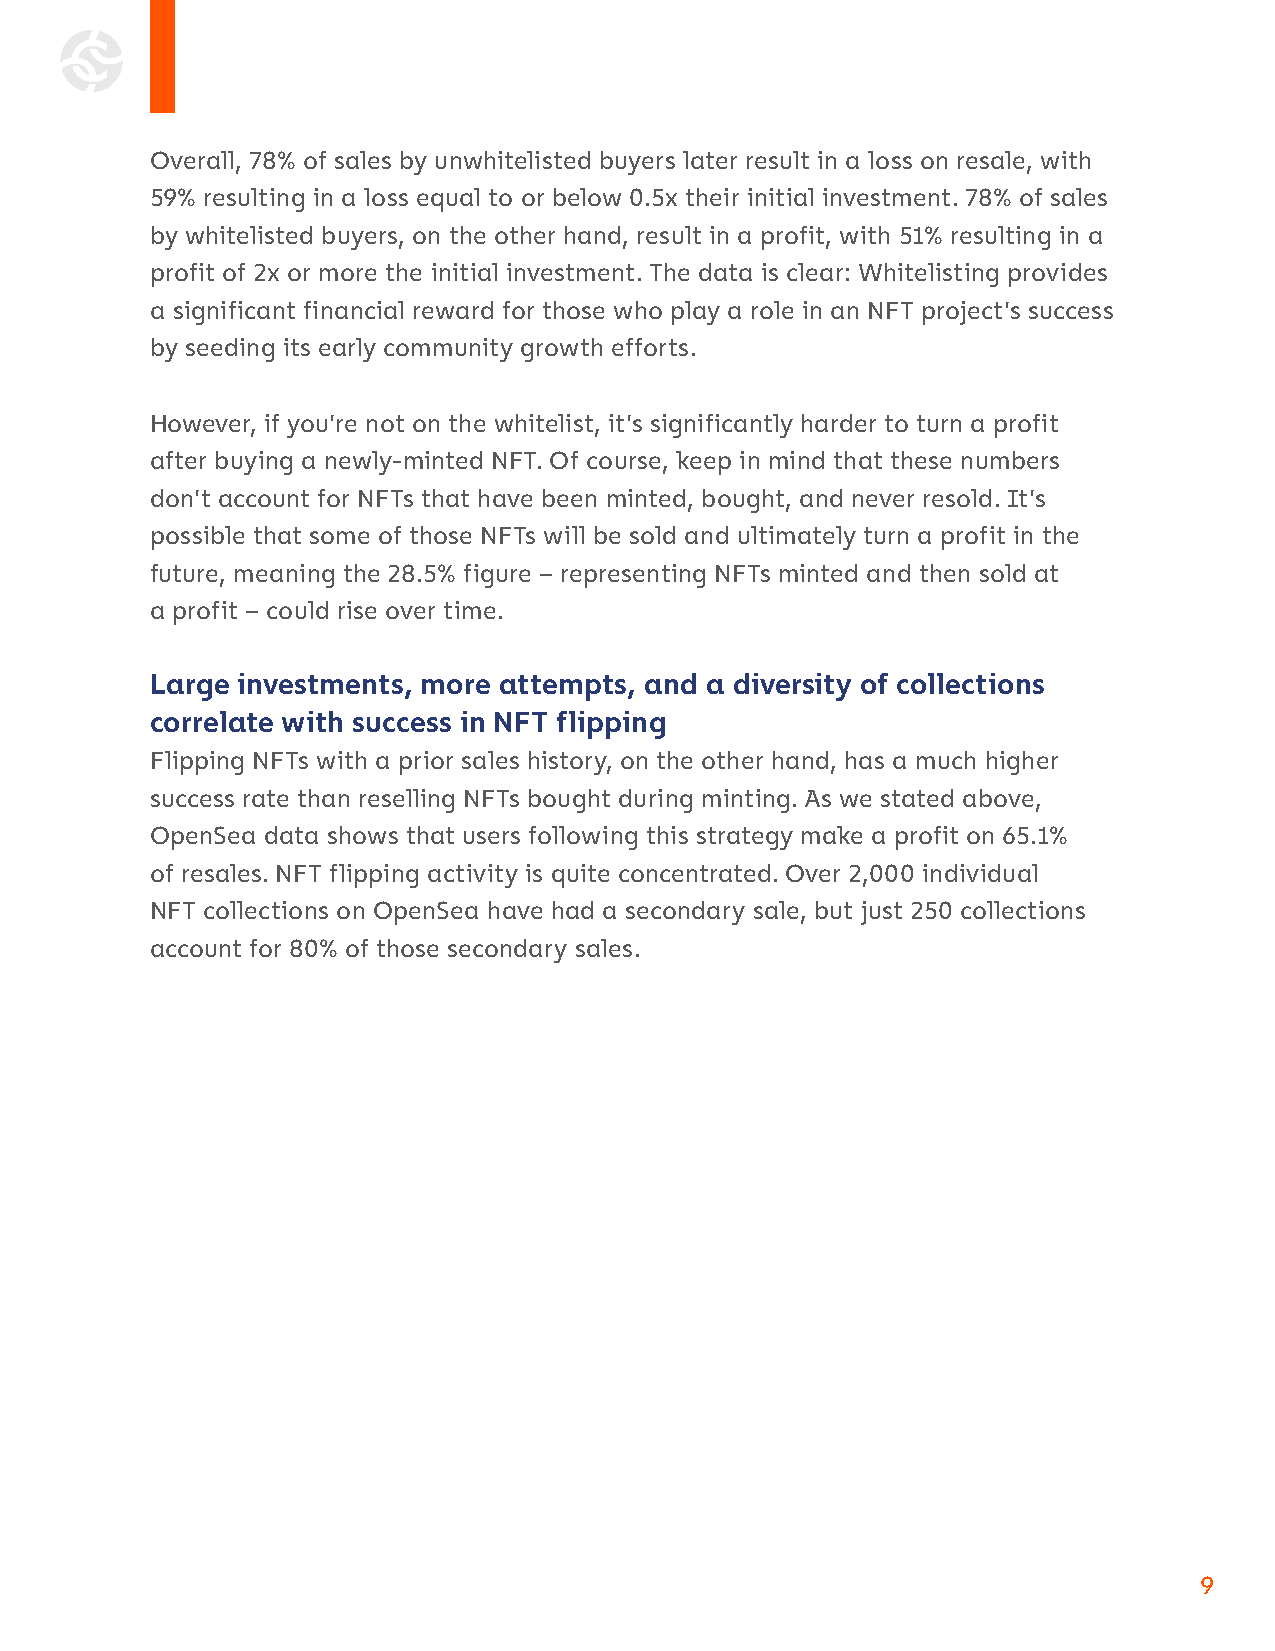
Overall, 78% of sales by unwhitelisted buyers later result in a loss on resale, with
 59% resulting in a loss equal to or below 0.5x their initial investment. 78% of sales
 by whitelisted buyers, on the other hand, result in a profit, with 51% resulting in a
 profit of 2x or more the initial investment. The data is clear: Whitelisting provides
 a significant financial reward for those who play a role in an NFT project’s success
 by seeding its early community growth efforts.
 However, if you’re not on the whitelist, it’s significantly harder to turn a profit
 after buying a newly-minted NFT. Of course, keep in mind that these numbers
 don’t account for NFTs that have been minted, bought, and never resold. It’s
 possible that some of those NFTs will be sold and ultimately turn a profit in the
 future, meaning the 28.5% figure – representing NFTs minted and then sold at
 a profit – could rise over time.
 Large investments, more attempts, and a diversity of collections
 correlate with success in NFT flipping
 Flipping NFTs with a prior sales history, on the other hand, has a much higher
 success rate than reselling NFTs bought during minting. As we stated above,
 OpenSea data shows that users following this strategy make a profit on 65.1%
 of resales. NFT flipping activity is quite concentrated. Over 2,000 individual
 NFT collections on OpenSea have had a secondary sale, but just 250 collections
 account for 80% of those secondary sales.
 9